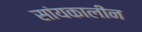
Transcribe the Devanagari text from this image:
सांयकालीन